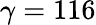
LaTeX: \gamma=116